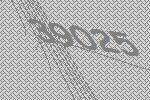
39025